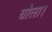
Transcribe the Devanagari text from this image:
घोला।